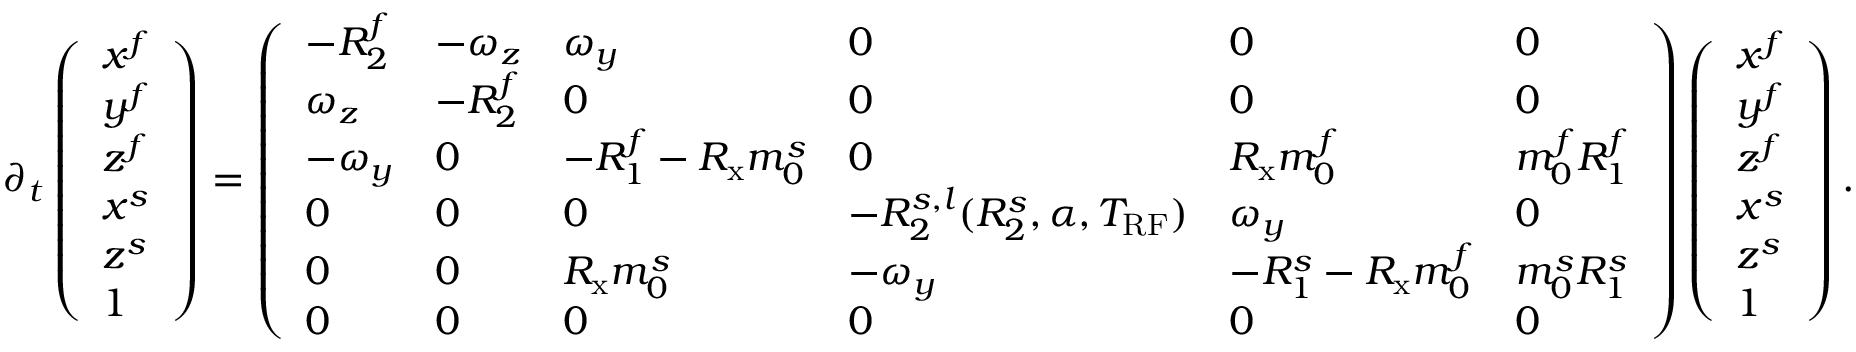
\partial _ { t } \left( \begin{array} { l } { x ^ { f } } \\ { y ^ { f } } \\ { z ^ { f } } \\ { x ^ { s } } \\ { z ^ { s } } \\ { 1 } \end{array} \right) = \left( \begin{array} { l l l l l l } { - R _ { 2 } ^ { f } } & { - \omega _ { z } } & { \omega _ { y } } & { 0 } & { 0 } & { 0 } \\ { \omega _ { z } } & { - R _ { 2 } ^ { f } } & { 0 } & { 0 } & { 0 } & { 0 } \\ { - \omega _ { y } } & { 0 } & { - R _ { 1 } ^ { f } - R _ { \mathrm { x } } m _ { 0 } ^ { s } } & { 0 } & { R _ { \mathrm { x } } m _ { 0 } ^ { f } } & { m _ { 0 } ^ { f } R _ { 1 } ^ { f } } \\ { 0 } & { 0 } & { 0 } & { - R _ { 2 } ^ { s , l } ( R _ { 2 } ^ { s } , \alpha , T _ { \mathrm { R F } } ) } & { \omega _ { y } } & { 0 } \\ { 0 } & { 0 } & { R _ { \mathrm { x } } m _ { 0 } ^ { s } } & { - \omega _ { y } } & { - R _ { 1 } ^ { s } - R _ { \mathrm { x } } m _ { 0 } ^ { f } } & { m _ { 0 } ^ { s } R _ { 1 } ^ { s } } \\ { 0 } & { 0 } & { 0 } & { 0 } & { 0 } & { 0 } \end{array} \right) \left( \begin{array} { l } { x ^ { f } } \\ { y ^ { f } } \\ { z ^ { f } } \\ { x ^ { s } } \\ { z ^ { s } } \\ { 1 } \end{array} \right) .